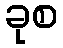
ခုစ